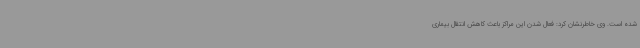
شده‌ است. وی خاطرنشان کرد: فعال شدن این مراکز باعث کاهش انتقال بیماری